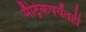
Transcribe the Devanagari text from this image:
मॅट्रिकपर्यंतही